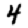
Digit: 4